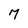
Character: 7